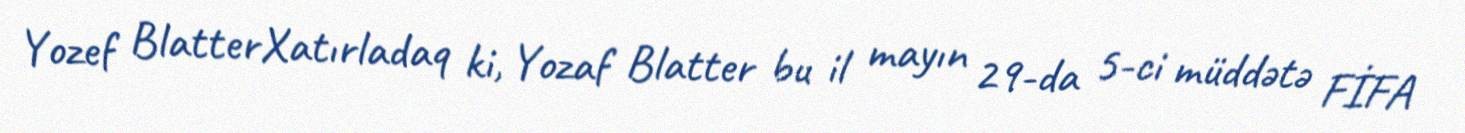
Yozef BlatterXatırladaq ki, Yozaf Blatter bu il mayın 29-da 5-ci müddətə FİFA